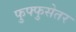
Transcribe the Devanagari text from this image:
फुफ्फुसेतर